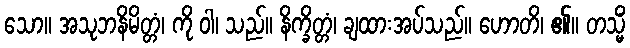
သော။ အသုဘနိမိတ္တံ၊ ကို ဝါ၊ သည်။ နိက္ခိတ္တံ၊ ချထားအပ်သည်။ ဟောတိ၊ ၏။ တသ္မိံ